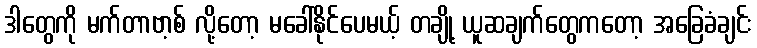
ဒါတွေကို မက်တာဗာ့စ် လို့တော့ မခေါ်နိုင်ပေမယ့် တချို့ ယူဆချက်တွေကတော့ အခြေခံချင်း